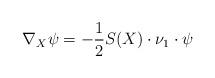
LaTeX: \begin{align*}\nabla_X\psi=-\frac{1}{2}S(X)\cdot\nu_1\cdot\psi\end{align*}